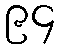
၉၄